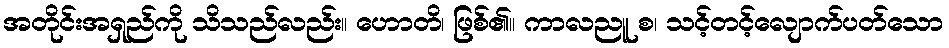
အတိုင်းအရှည်ကို သိသည်လည်း။ ဟောတိ၊ ဖြစ်၏။ ကာလညူ စ၊ သင့်တင့်လျောက်ပတ်သော